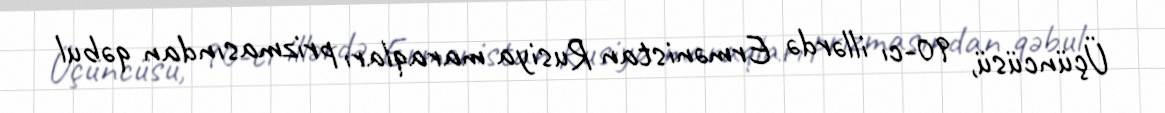
Üçüncüsü, 90-cı illərdə Ermənistan Rusiya maraqları prizmasından qəbul